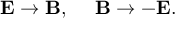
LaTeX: \mathbf { E } \rightarrow \mathbf { B } , ~ ~ ~ ~ \mathbf { B } \rightarrow - \mathbf { E } .